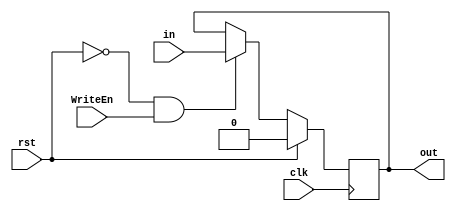
module CO_flag_Register (in,clk,rst,WriteEn,out);
input clk,rst,WriteEn;
input in;
output reg out;

always @ (posedge clk) 
begin 
if (rst) 
out <= 0; 
else if (~rst && WriteEn)  
out <= in;
else if (~rst && ~WriteEn)
out <= out; 
end 
endmodule